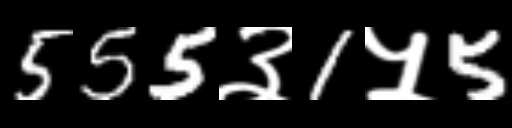
Text: 555३1५5